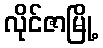
လိုင်ဇာမြို့